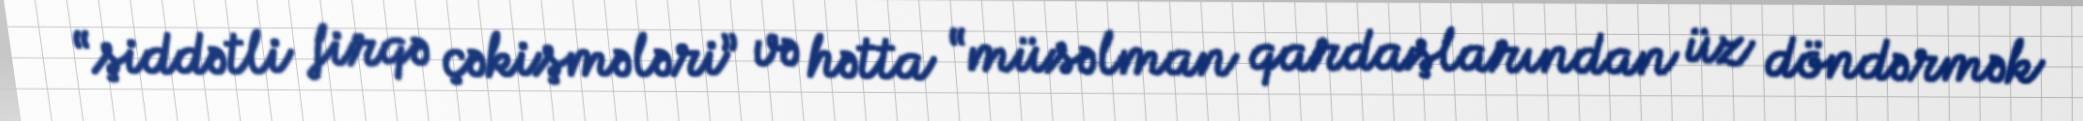
“şiddətli firqə çəkişmələri” və hətta “müsəlman qardaşlarından üz döndərmək